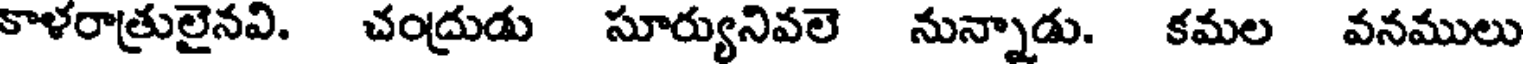
కాళరాత్రులైనవి. చంద్రుడు సూర్యునివలె నున్నాడు. కమల వనములు